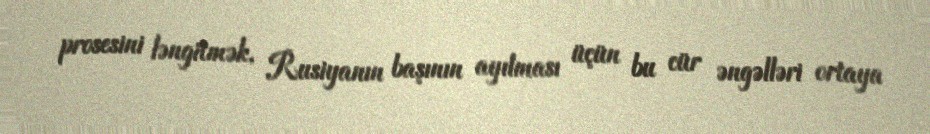
prosesini ləngitmək, Rusiyanın başının ayılması üçün bu cür əngəlləri ortaya